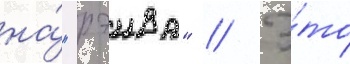
на́ "рэива" // Э́то